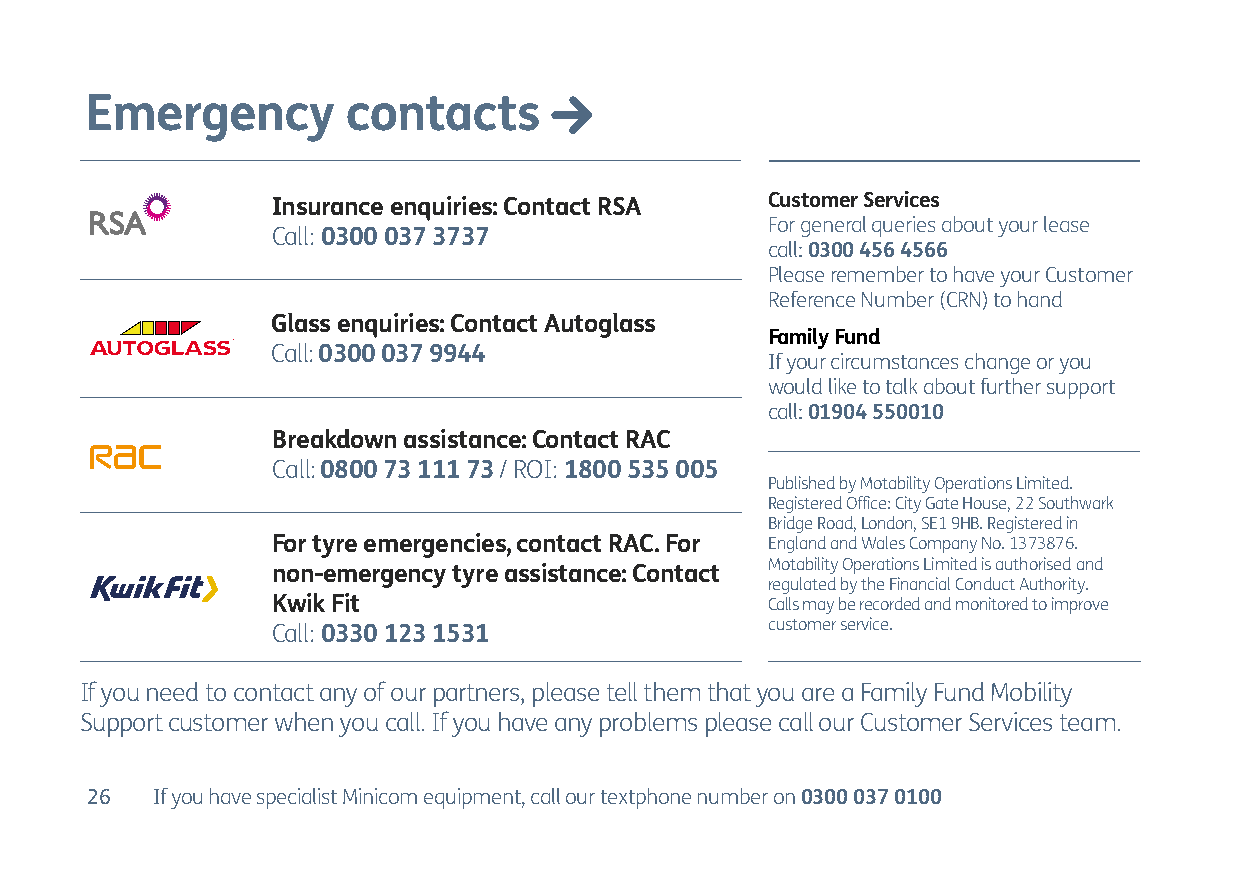
Emergency        contacts
 Insurance enquiries: Contact RSA Customer Services
 For general queries about your lease
 Call: 0300 037 3737
 call: 0300 456 4566
 Please remember to have your Customer
 Reference Number (CRN) to hand
 Glass enquiries: Contact Autoglass
 Family Fund
 Call: 0300 037 9944
 If your circumstances change or you
 would like to talk about further support
 call: 01904 550010
 Breakdown assistance: Contact RAC
 Call: 0800 73 111 73 / ROI: 1800 535 005
 Published by Motability Operations Limited.
 Registered Office: City Gate House, 22 Southwark
 Bridge Road, London, SE1 9HB. Registered in
 For tyre emergencies, contact RAC. For England and Wales Company No. 1373876.
 Motability Operations Limited is authorised and
 non-emergency tyre assistance: Contact
 regulated by the Financial Conduct Authority.
 Kwik Fit                         Calls may be recorded and monitored to improve
 customer service.
 Call: 0330 123 1531
 If you need to contact any of our partners, please tell them that you are a Family Fund Mobility
 Support customer when you call. If you have any problems please call our Customer Services team.
 26  If you have specialist Minicom equipment, call our textphone number on 0300 037 0100